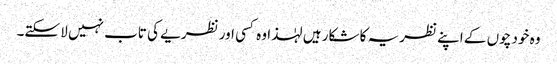
وہ خود چوں کے اپنے نظریہ کا شکار ہیں لہٰذا وہ کسی اور نظریے کی تاب نہیں لا سکتے۔